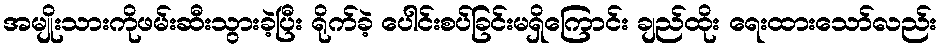
အမျိုးသားကိုဖမ်းဆီးသွားခဲ့ပြီး ရိုက်ခဲ့ ပေါင်းစပ်ခြင်းမရှိကြောင်း ချည်ထိုး ရေးထားသော်လည်း